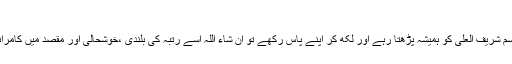
العلیّ:
جو شخص اس اسم شریف العلی کو ہمیشہ پڑھتا رہے اور لکھ کر اپنے پاس رکھے تو ان شاء اللہ اسے رتبہ کی بلندی ،خوشحالی اور مقصد میں کامرانی نصیب ہوگی۔